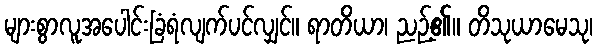
များစွာလူအပေါင်းခြံရံလျက်ပင်လျှင်။ ရာတိယာ၊ ညဉ့်၏။ တိသုယာမေသု၊